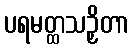
ပရမတ္ထသဉှိတာ